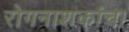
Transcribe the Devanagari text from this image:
रोगनाशकांचा